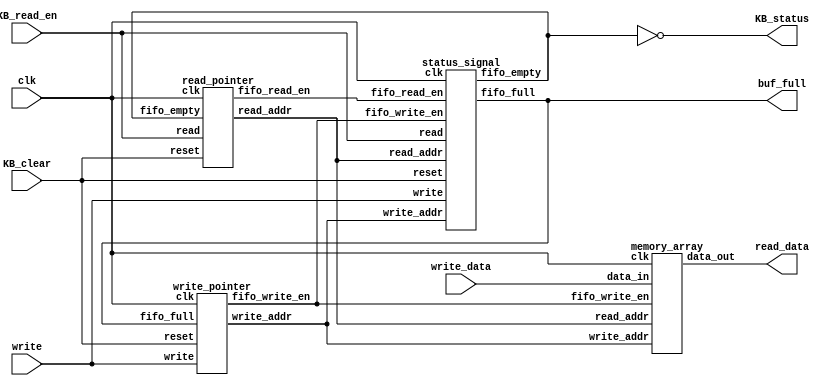
`timescale 1ns / 1ps
//////////////////////////////////////////////////////////////////////////////////
// Company: 
// Engineer: 
// 
// Design Name: 
// Module Name: keyboard_buf
// Project Name: 
// Target Devices: 
// Tool Versions: 
// Description: 
// 
// Dependencies: 
// 
// Revision:
// Revision 0.01 - File Created
// Additional Comments:
// 
//////////////////////////////////////////////////////////////////////////////////


module keyboard_buf
    #(parameter baud_rate=115200)
   (input clk,
    input KB_read_en,
    input KB_clear,
    input [6:0] write_data,     // was rx_data
    input write,
    output KB_status,
    output [6:0] read_data,     // was KB_data
    output buf_full
    );
    
    wire [5:0] write_addr, read_addr; /*extra bit to tell difference between full and empty (5 bits for address, most significant 1 for full or empty)*/
    wire fifo_write_en, fifo_read_en;
    wire fifo_empty, fifo_full;
    
    assign buf_full = fifo_full;
    assign KB_status = ~fifo_empty;
    
    write_pointer write_pointer(
        .clk(clk),
        .reset(KB_clear),
        .fifo_full(fifo_full),
        .write(write),
        .write_addr(write_addr),
        .fifo_write_en(fifo_write_en));
    read_pointer read_pointer(
        .clk(clk),
        .reset(KB_clear),
        .read(KB_read_en),
        .fifo_empty(fifo_empty),
        .read_addr(read_addr),
        .fifo_read_en(fifo_read_en));
    memory_array memory(
        .clk(clk),
        .data_in(write_data),
        .fifo_write_en(fifo_write_en),
        .write_addr(write_addr),
        .read_addr(read_addr),
        .data_out(read_data));
    status_signal signals(
        .clk(clk),
        .reset(KB_clear),
        .write(write),
        .read(KB_read_en),
        .fifo_write_en(fifo_write_en),
        .fifo_read_en(fifo_read_en),
        .write_addr(write_addr),
        .read_addr(read_addr),
        .fifo_full(fifo_full),
        .fifo_empty(fifo_empty));
    
endmodule

module memory_array(
    input [6:0] data_in, /*for ascii*/
    input clk,
    input fifo_write_en,
    input [5:0] write_addr,
    input [5:0] read_addr,
    output[6:0] data_out);
    
    reg [6:0] array [31:0];
    
    always @ (posedge clk) begin
        if (fifo_write_en)
            array[write_addr[4:0]] <= data_in;
    end 
    assign data_out = array[read_addr];
    
endmodule

module read_pointer(
    input clk,
    input read,
    input fifo_empty,
    input reset,
    output reg [5:0] read_addr = 6'b000000,
    output fifo_read_en);
    
    assign fifo_read_en = (~fifo_empty) & read;
    always @(posedge clk or posedge reset) begin
        if(reset)
            read_addr <= 6'b000000;
        else if(fifo_read_en)
            read_addr <= read_addr + 6'b000001;
        else
            read_addr <= read_addr;
    end
endmodule

module status_signal(
    input clk,
    input read,
    input write,
    input fifo_write_en,
    input fifo_read_en,
    input reset,
    input [5:0] write_addr,
    input [5:0] read_addr,
    output reg fifo_full = 0,
    output reg fifo_empty = 1);

    wire full_bit;
    wire empty_bit;
    wire pointer_equal;
    assign full_bit = write_addr[5] & read_addr[5];
    assign empty_bit = ~write_addr[5] & ~read_addr[5];
    assign pointer_equal = ((write_addr[4:0] - (read_addr[4:0]))) ? 0:1;
    
    always @(*) begin
        fifo_full = full_bit & pointer_equal;
        fifo_empty = empty_bit & pointer_equal;
    end
endmodule

module write_pointer(
    input clk,
    input reset,
    input fifo_full,
    input write,
    output reg [5:0] write_addr = 6'b000000,
    output fifo_write_en);
    
    assign fifo_write_en = (~fifo_full) & write;
    
    always @ (posedge clk or posedge reset) begin
        if (reset)
            write_addr <= 6'b000000;
        else if (fifo_write_en)
            write_addr <= write_addr + 6'b000001;
        else
            write_addr <= write_addr;
    end
endmodule